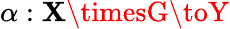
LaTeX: \alpha:\mathbf{X}\timesG\toY